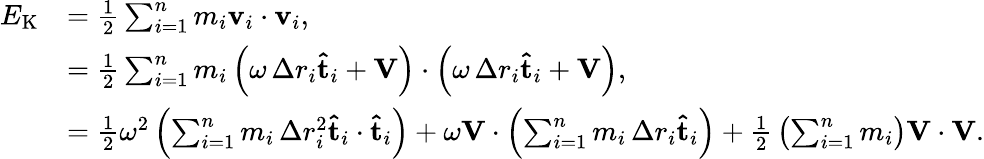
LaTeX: {\begin{array}{rl}{E_{\mathrm{K}}}&{={\frac{1}{2}}\sum_{i=1}^{n}m_{i}\mathbf{v}_{i}\cdot\mathbf{v}_{i},}\\ &{={\frac{1}{2}}\sum_{i=1}^{n}m_{i}\left(\omega\, \Delta r_{i}\mathbf{\hat{t}}_{i}+\mathbf{V}\right)\cdot\left(\omega\, \Delta r_{i}\mathbf{\hat{t}}_{i}+\mathbf{V}\right),}\\ &{={\frac{1}{2}}\omega^{2}\left(\sum_{i=1}^{n}m_{i}\, \Delta r_{i}^{2}\mathbf{\hat{t}}_{i}\cdot\mathbf{\hat{t}}_{i}\right)+\omega\mathbf{V}\cdot\left(\sum_{i=1}^{n}m_{i}\, \Delta r_{i}\mathbf{\hat{t}}_{i}\right)+{\frac{1}{2}}\left(\sum_{i=1}^{n}m_{i}\right)\mathbf{V}\cdot\mathbf{V}.}\end{array}}